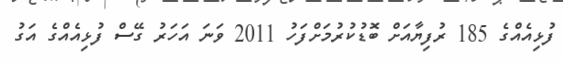
ފުޅިއެއްގެ 185 ރުފިޔާއަށް ބޮޑުކުރުމަށްފަހު 2011 ވަނަ އަހަރު ގޭސް ފުޅިއެއްގެ އަގު